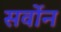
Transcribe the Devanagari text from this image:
सर्वोन